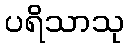
ပရိသာသု